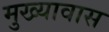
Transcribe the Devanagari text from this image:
मुख्यावास